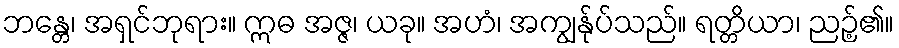
ဘန္တေ၊ အရှင်ဘုရား။ ဣဓ အဇ္ဇ၊ ယခု။ အဟံ၊ အကျွန်ုပ်သည်။ ရတ္တိယာ၊ ညဉ့်၏။